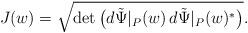
LaTeX: \begin{align*} J(w)=\sqrt{\det\big( d\tilde\Psi|_{P}(w)\,d\tilde\Psi|_{P}(w)^*\big) }.\end{align*}